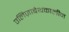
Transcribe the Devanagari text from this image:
एलिज़ाबेथकालीन